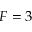
F = 3